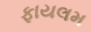
ફાયલમ